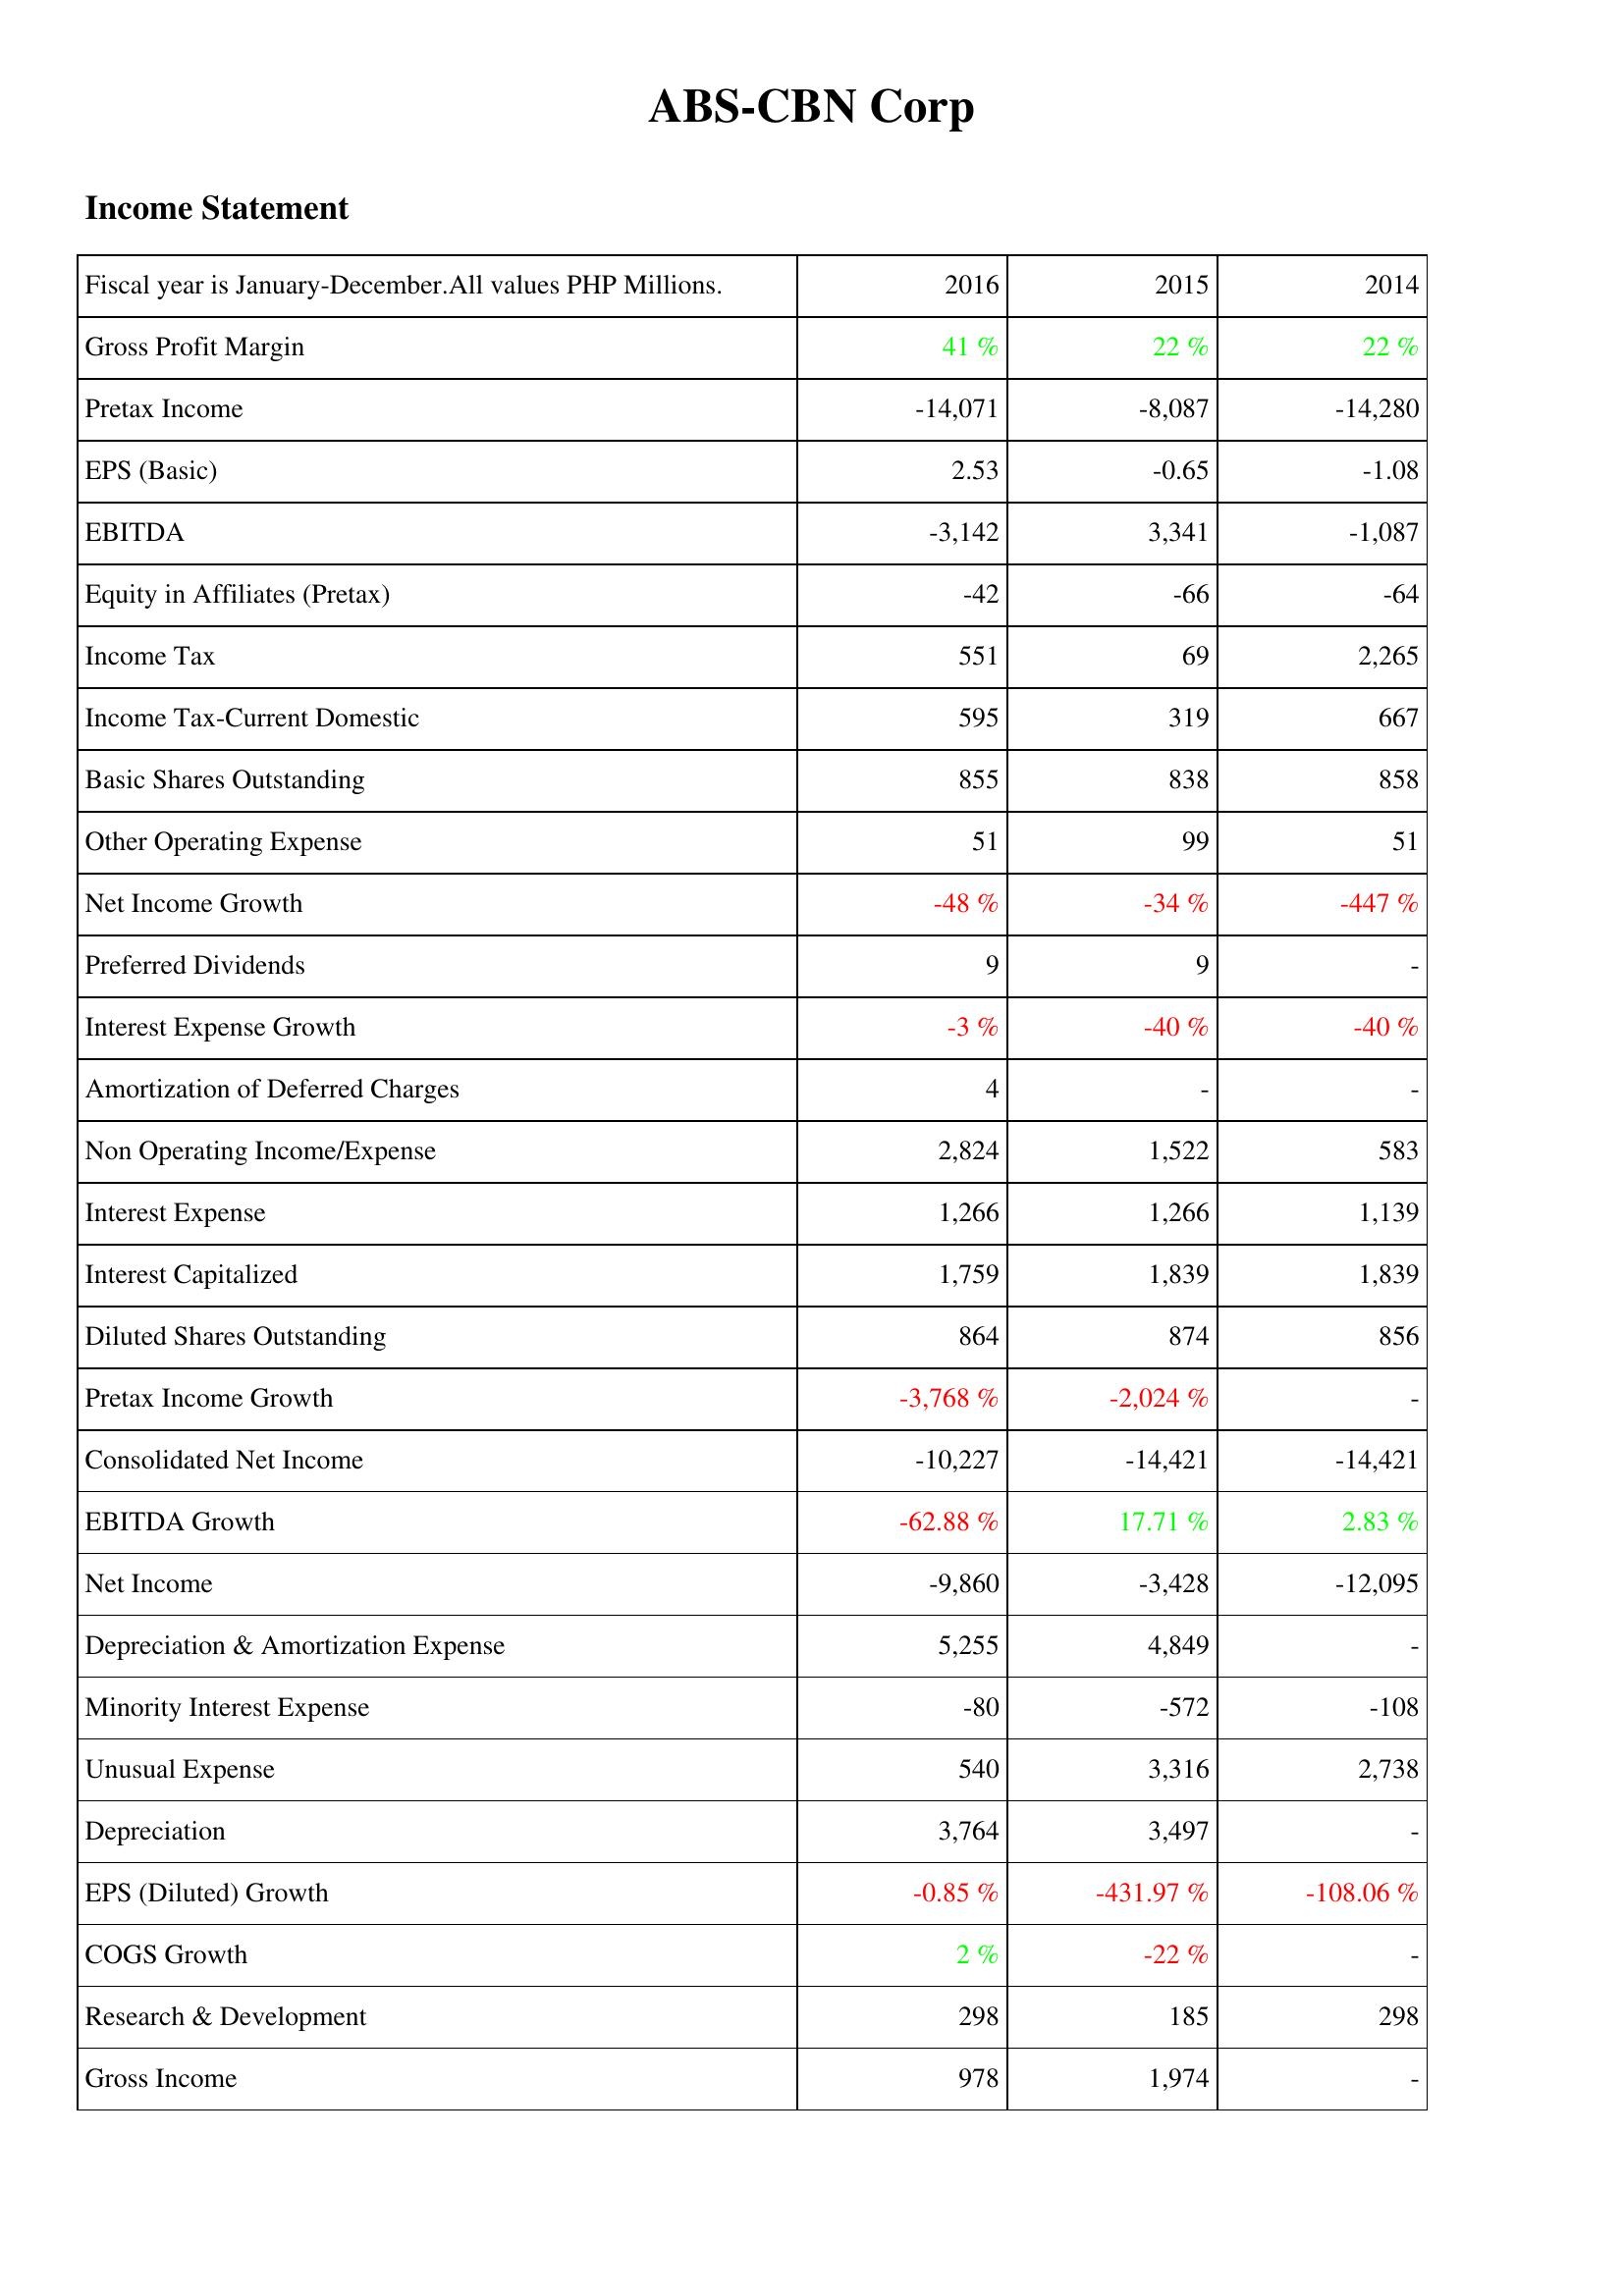
2016: Income Statement: Gross Profit Margin: 41 %
Pretax Income: -14,071
EPS (Basic): 2.53
EBITDA: -3,142
Equity in Affiliates (Pretax): -42
Income Tax: 551
Income Tax-Current Domestic: 595
Basic Shares Outstanding: 855
Other Operating Expense: 51
Net Income Growth: -48 %
Preferred Dividends: 9
Interest Expense Growth: -3 %
Amortization of Deferred Charges: 4
Non Operating Income/Expense: 2,824
Interest Expense: 1,266
Interest Capitalized: 1,759
Diluted Shares Outstanding: 864
Pretax Income Growth: -3,768 %
Consolidated Net Income: -10,227
EBITDA Growth: -62.88 %
Net Income: -9,860
Depreciation & Amortization Expense: 5,255
Minority Interest Expense: -80
Unusual Expense: 540
Depreciation: 3,764
EPS (Diluted) Growth: -0.85 %
COGS Growth: 2 %
Research & Development: 298
Gross Income: 978
2015: Income Statement: Gross Profit Margin: 22 %
Pretax Income: -8,087
EPS (Basic): -0.65
EBITDA: 3,341
Equity in Affiliates (Pretax): -66
Income Tax: 69
Income Tax-Current Domestic: 319
Basic Shares Outstanding: 838
Other Operating Expense: 99
Net Income Growth: -34 %
Preferred Dividends: 9
Interest Expense Growth: -40 %
Amortization of Deferred Charges: -
Non Operating Income/Expense: 1,522
Interest Expense: 1,266
Interest Capitalized: 1,839
Diluted Shares Outstanding: 874
Pretax Income Growth: -2,024 %
Consolidated Net Income: -14,421
EBITDA Growth: 17.71 %
Net Income: -3,428
Depreciation & Amortization Expense: 4,849
Minority Interest Expense: -572
Unusual Expense: 3,316
Depreciation: 3,497
EPS (Diluted) Growth: -431.97 %
COGS Growth: -22 %
Research & Development: 185
Gross Income: 1,974
2014: Income Statement: Gross Profit Margin: 22 %
Pretax Income: -14,280
EPS (Basic): -1.08
EBITDA: -1,087
Equity in Affiliates (Pretax): -64
Income Tax: 2,265
Income Tax-Current Domestic: 667
Basic Shares Outstanding: 858
Other Operating Expense: 51
Net Income Growth: -447 %
Preferred Dividends: -
Interest Expense Growth: -40 %
Amortization of Deferred Charges: -
Non Operating Income/Expense: 583
Interest Expense: 1,139
Interest Capitalized: 1,839
Diluted Shares Outstanding: 856
Pretax Income Growth: -
Consolidated Net Income: -14,421
EBITDA Growth: 2.83 %
Net Income: -12,095
Depreciation & Amortization Expense: -
Minority Interest Expense: -108
Unusual Expense: 2,738
Depreciation: -
EPS (Diluted) Growth: -108.06 %
COGS Growth: -
Research & Development: 298
Gross Income: -